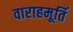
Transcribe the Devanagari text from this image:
वाराहमूर्ति